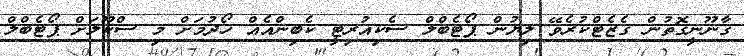
ޤާނޫނީގޮތުން ގެޒެޓްކުރެވޭ ލިޔުން ޕޯޓެބްލް ސެކިއުރިޓީ ކެބިންއެއް ހޯދުމަށް މި ސްކޫލަށް ޕޯޓެބްލް